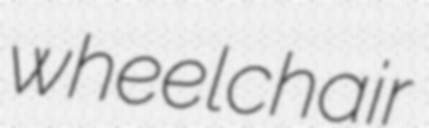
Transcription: wheelchair